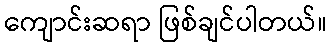
ကျောင်းဆရာ ဖြစ်ချင်ပါတယ်။